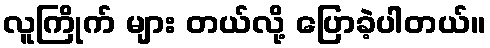
လူကြိုက် များ တယ်လို့ ပြောခဲ့ပါတယ်။